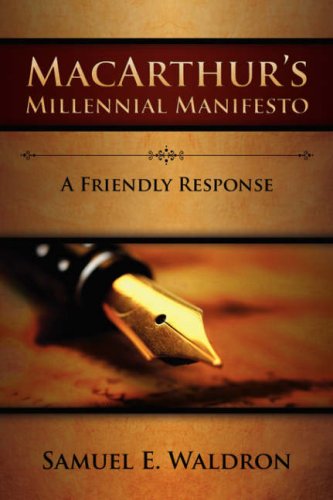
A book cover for MacArthur's Millennial Manifesto; Samuel E. Waldron; Christian Books & Bibles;